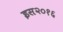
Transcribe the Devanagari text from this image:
इस२०१६